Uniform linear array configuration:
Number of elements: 16
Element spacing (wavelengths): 0.5
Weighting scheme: exponential
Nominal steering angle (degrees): -30
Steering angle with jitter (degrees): -30.804
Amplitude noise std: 0.05
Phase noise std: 0.05

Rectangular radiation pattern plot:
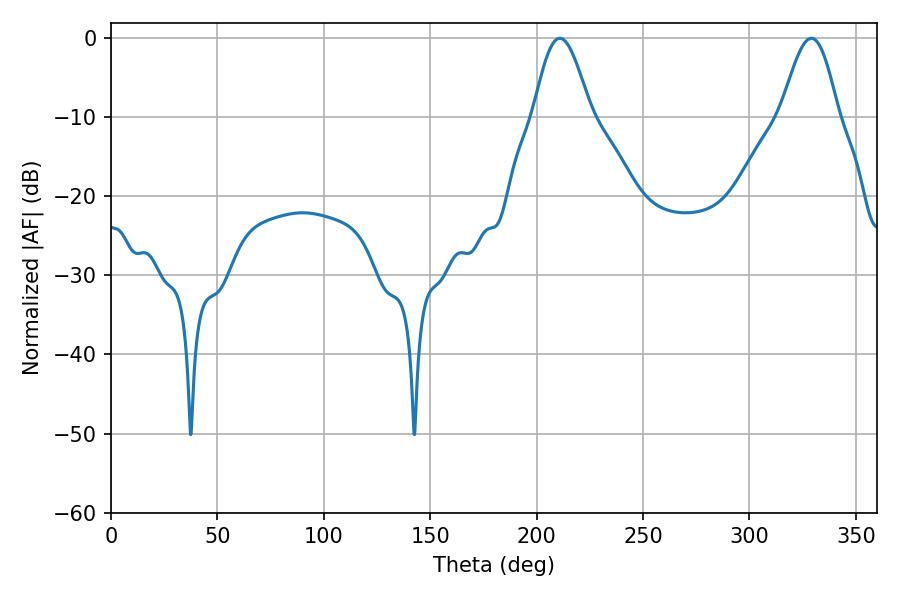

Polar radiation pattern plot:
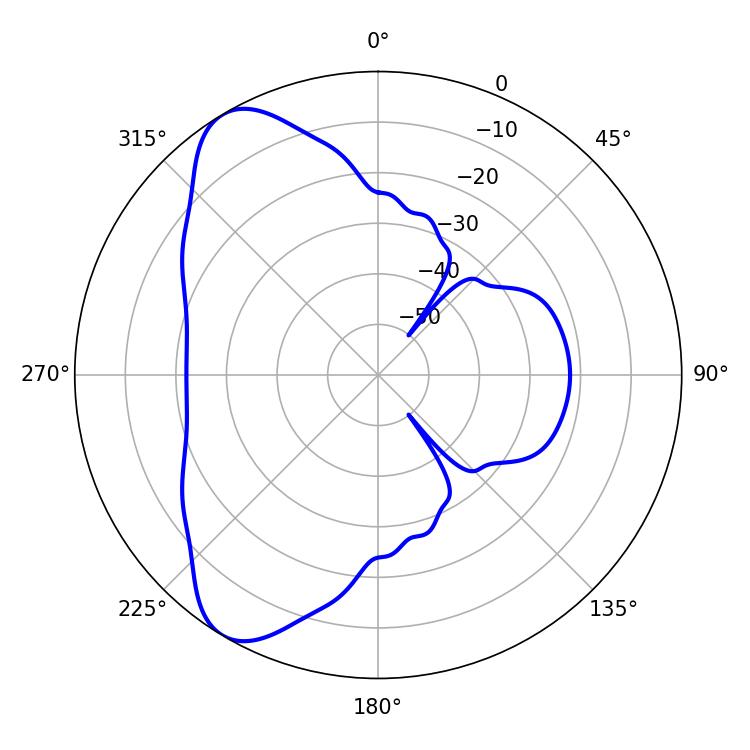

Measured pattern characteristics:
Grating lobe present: FALSE
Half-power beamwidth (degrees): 14.4
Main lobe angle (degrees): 210.96